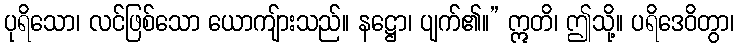
ပုရိသော၊ လင်ဖြစ်သော ယောကျ်ားသည်။ နဋ္ဌော၊ ပျက်၏။” ဣတိ၊ ဤသို့။ ပရိဒေဝိတွာ၊